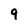
Character: 9